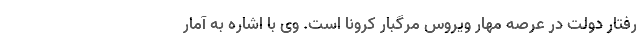
رفتار دولت در عرصه مهار ویروس مرگبار کرونا است. وی با اشاره به آمار